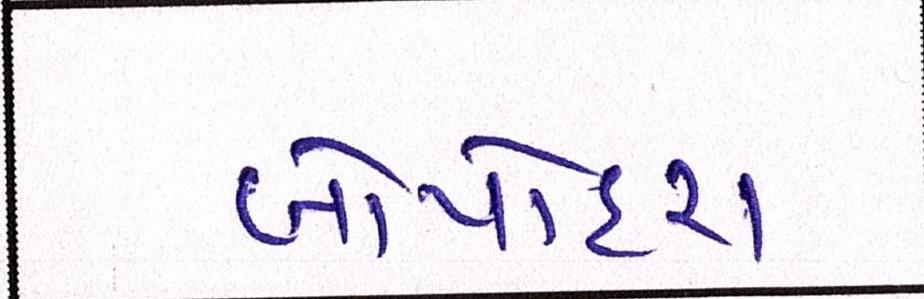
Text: બાપોદરા